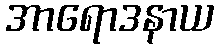
အာရောဒနာယ